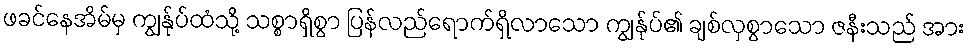
ဖခင်နေအိမ်မှ ကျွန်ုပ်ထံသို့ သစ္စာရှိစွာ ပြန်လည်ရောက်ရှိလာသော ကျွန်ုပ်၏ ချစ်လှစွာသော ဇနီးသည် အား